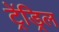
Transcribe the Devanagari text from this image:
ट्रेंड्रिल